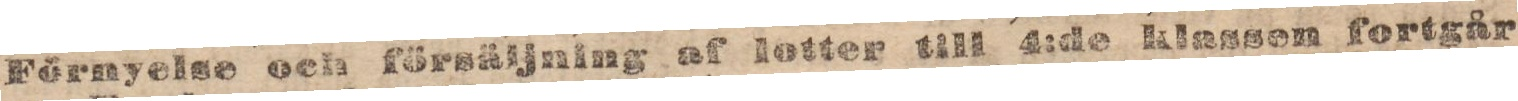
Förnyelse och försäljning af lotter till 4:de klassen fortgår